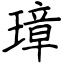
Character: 璋